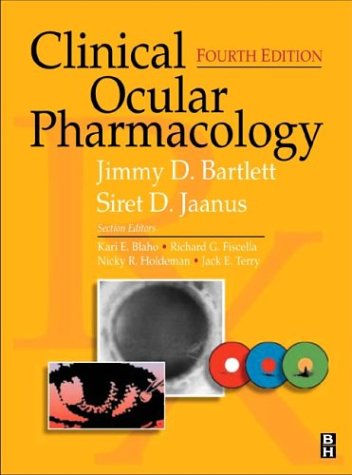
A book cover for Clinical Ocular Pharmacology, 4e; Jimmy D. Bartlett OD  DOS  ScD; Medical Books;